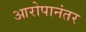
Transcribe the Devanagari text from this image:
आरोपानंतर